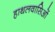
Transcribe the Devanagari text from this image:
हाथलवासिओं